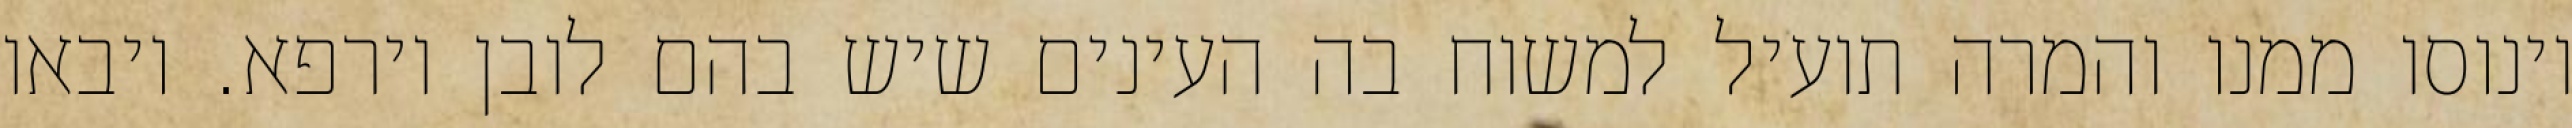
וינוסו ממנו והמרה תועיל למשוח בה העינים שיש בהם לובן וירפא. ויבאו